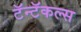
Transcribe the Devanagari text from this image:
टॅन्टॅकल्स